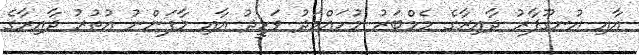
އާއި އުނގޫފާރު ދާއިރާގެ މެމްބަރު މުހައްމަދު ވަހީދު އާއި މާފަންނު އުތުރު ދާއިރާގެ